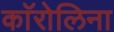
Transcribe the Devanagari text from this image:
काॅरोलिना